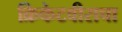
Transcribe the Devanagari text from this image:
क्रिकेटवीराचा